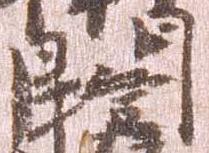
門